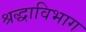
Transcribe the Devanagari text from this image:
श्रद्धाविभाग